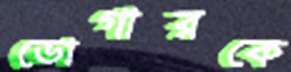
ডোগারকে